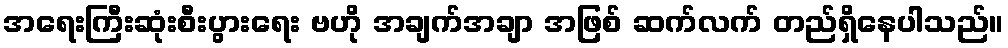
အရေးကြီးဆုံးစီးပွားရေး ဗဟို အချက်အချာ အဖြစ် ဆက်လက် တည်ရှိနေပါသည်။